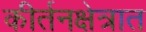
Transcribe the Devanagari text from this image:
कीर्तनक्षेत्रात